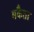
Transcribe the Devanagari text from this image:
मकैता